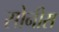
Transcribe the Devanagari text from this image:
सोनीस